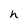
Character: h